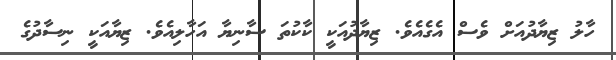
ހާލު ޒިޔާދުއަށް ވެސް އެގެއެވެ. ޒިޔާދުއަކީ ކާކުތަ ސާނިޔާ އަހާލިއެވެ. ޒިޔާއަކީ ނިސާދުގެ